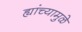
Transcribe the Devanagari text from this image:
ह्यांच्यामुळे